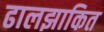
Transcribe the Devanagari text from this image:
ढालझाकित